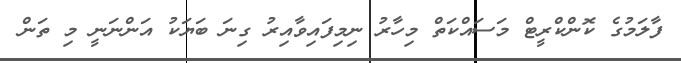
ފާލަމުގެ ކޮންކްރީޓް މަސައްކަތް މިހާރު ނިމިފައިވާއިރު ގިނަ ބަޔަކު އަންނަނީ މި ތަން